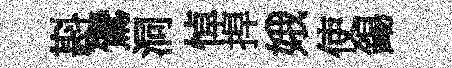
斟鷟洞悼捍娥使錫